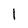
Character: 1